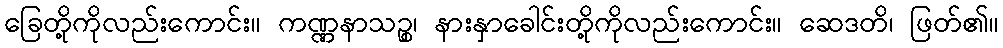
ခြေတို့ကိုလည်းကောင်း။ ကဏ္ဏနာသဉ္စ၊ နားနှာခေါင်းတို့ကိုလည်းကောင်း။ ဆေဒတိ၊ ဖြတ်၏။